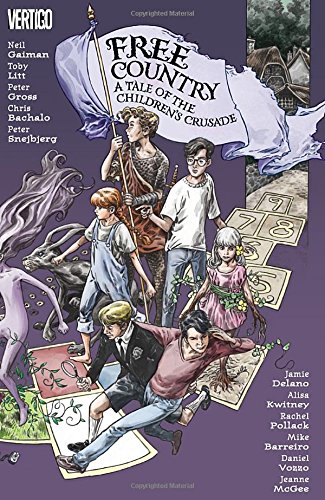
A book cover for Free Country: A Tale of The Children's Crusade; Neil Gaiman; Comics & Graphic Novels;